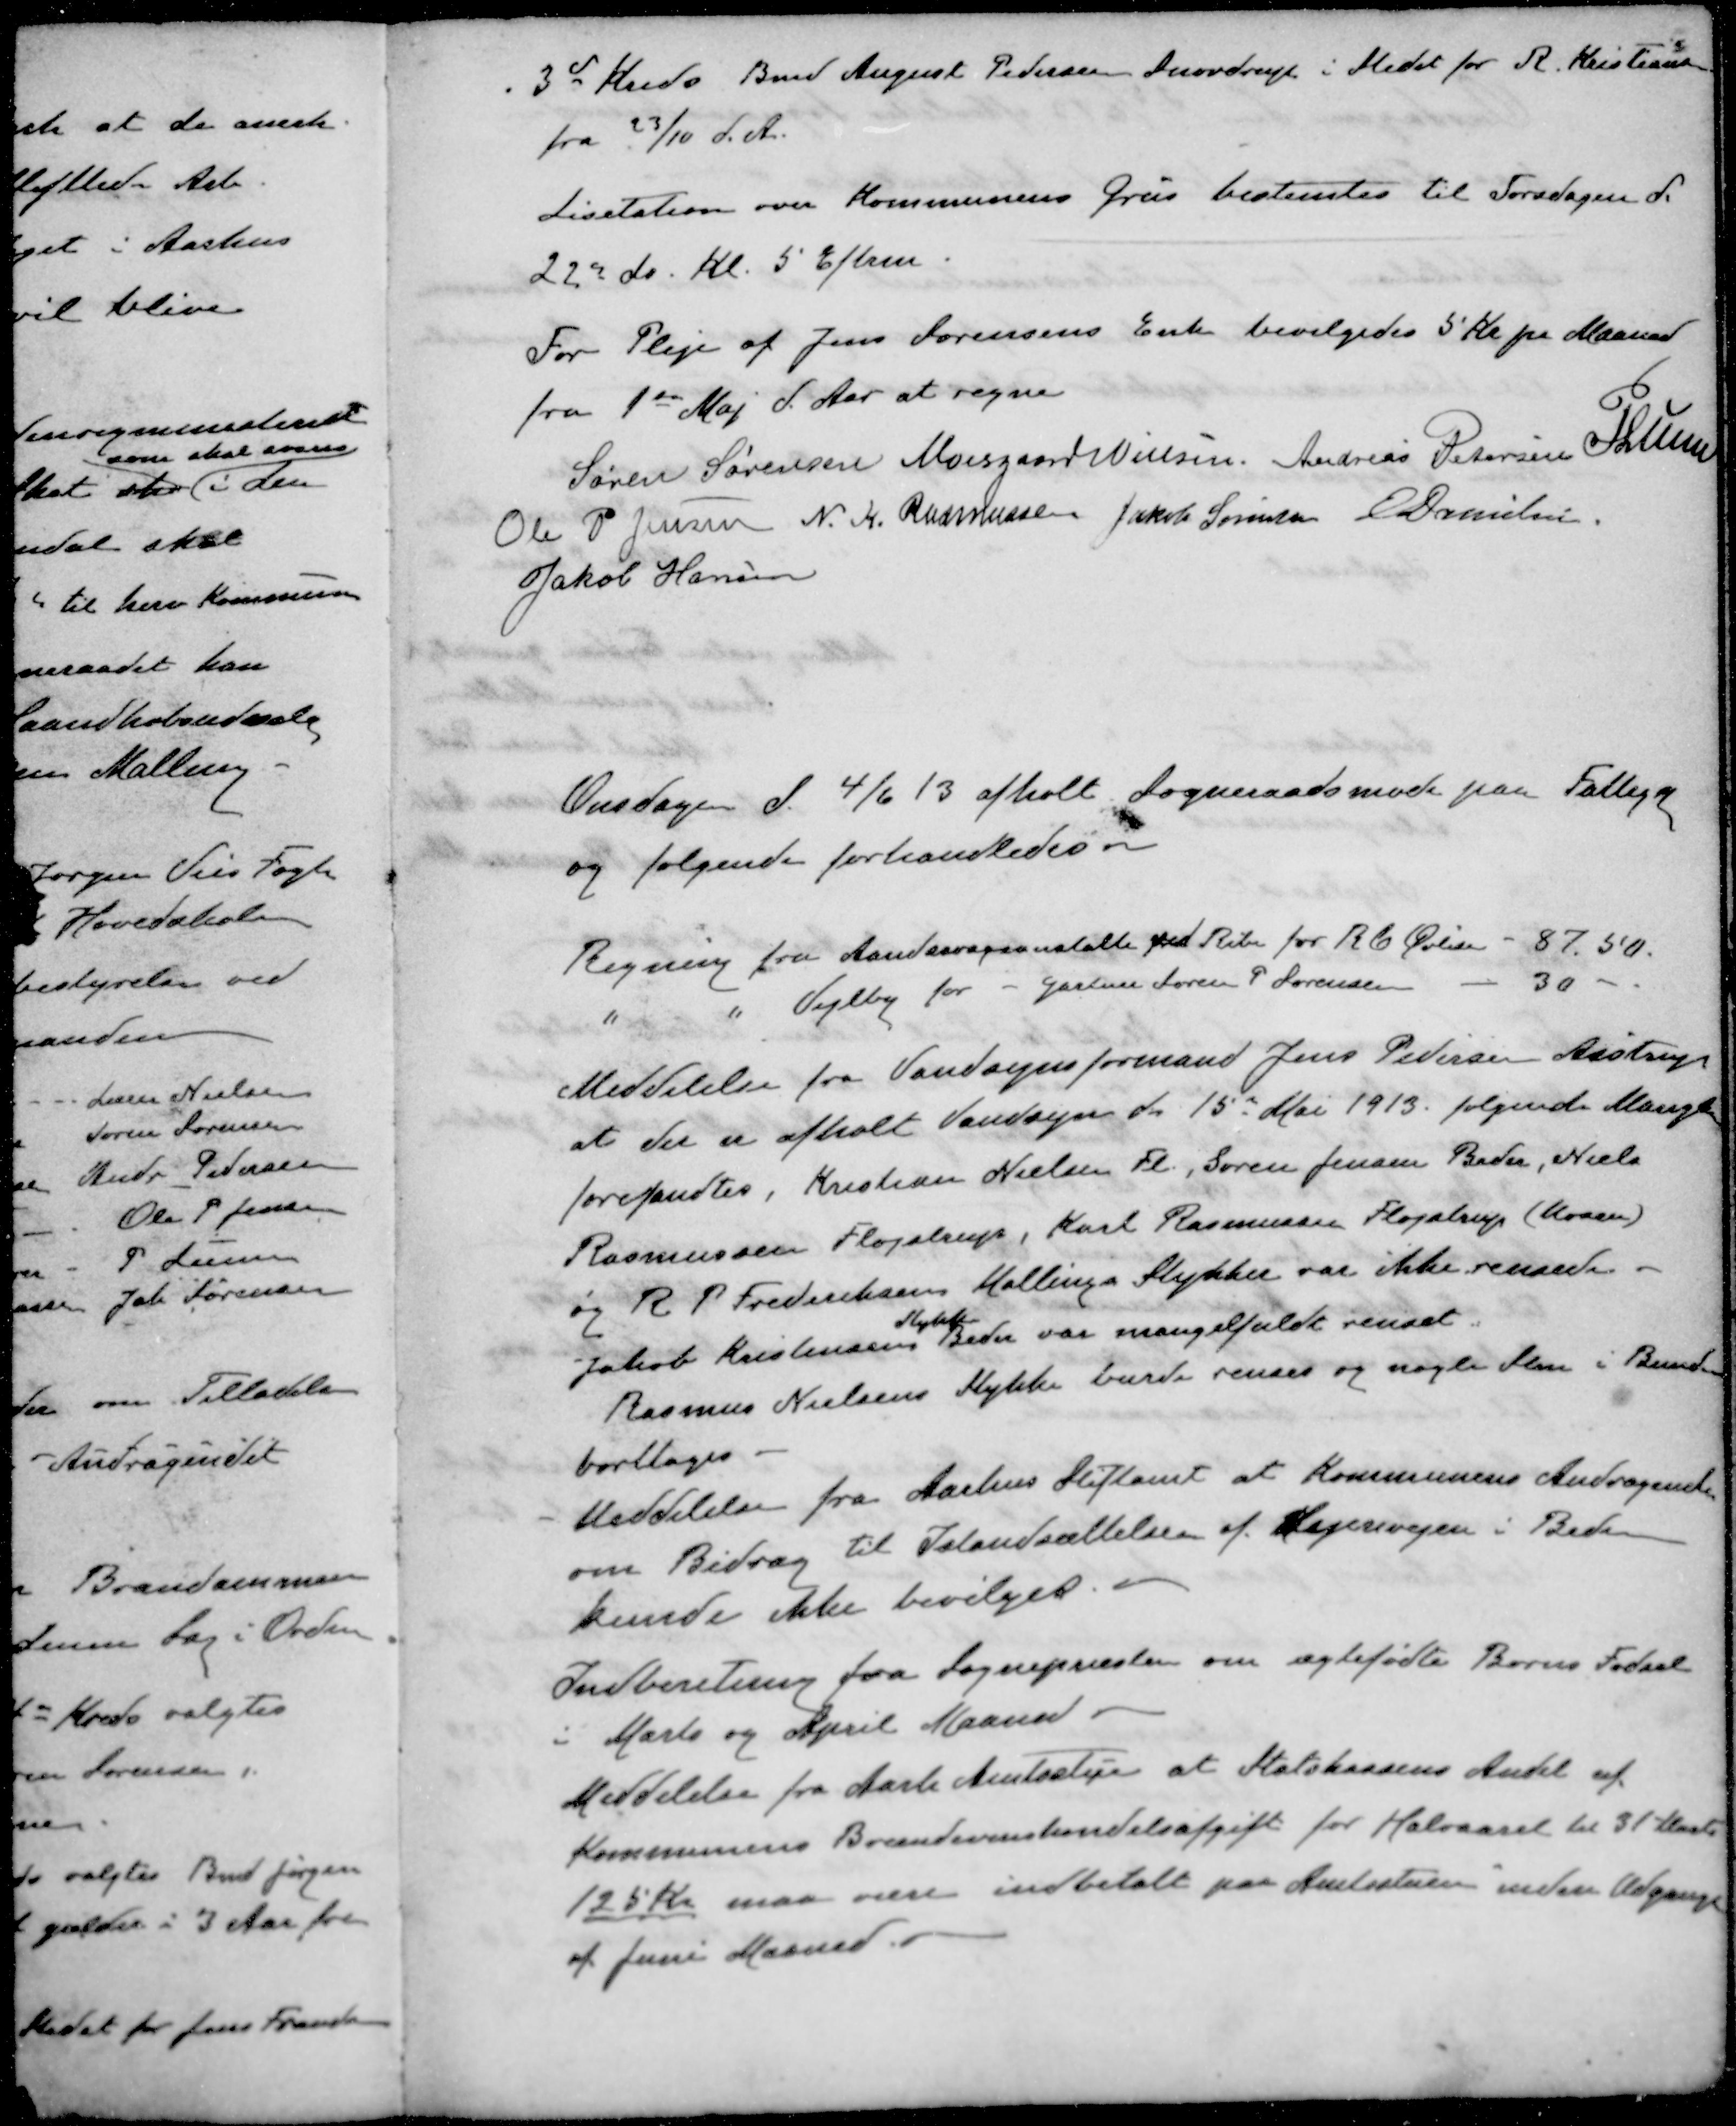
Transskription:
3de Kreds Bmd August Pedersen Snovdrup i Stedet for R. Kristiansen
fra 23/10 d. A.
Lisitation over Kommunens Grus bestemtes til Torsdagen d.
22de ds. Kl. 5 Efterm
For Pleje af Jens Sørensens Enke bevilgedes 5 Kr pr Maaned
fra 1ste Maj d. Aar at regne
Søren Sørensen
Moesgaard Nielsen
Andreas Petersen
P Lunn
Ole P Jensen
N. K. Rasmussen
Jakob Sørensen
E Danielsen
Jakob Hansen
Onsdagen d. 4/6 13 afholt Sogneraadsmøde paa Fattigg
og følgende forhandledes
Regning fra Aandssvageanstalte ved Ribe for R C Øvlisen - 87.50.
" " Vejlby for - Gartner Søren P Sørensen - 30 -
Meddelelse fra Vandsynsformand Jens Pedersen Aistrup
at der er afholt Vandsyn d 15de Mai 1913. følgende Mangler
forefandtes, Kristian Nielsen Fl., Søren Jensen Beder, Niels
Rasmussen Fløjstrup, Karl Rasmussen Fløjstrup (Mosen)
og R P Frederiksens Mallings Stykker var ikke rensede
Stykke
Jakob Kristensens Beder var mangelfuldt renset
Rasmus Nielsens Stykke burde renses og nogle Slen i Bunden
borttages.
- Meddelelse fra Aarhus Stiftamt at Kommunens Andragende
om Bidrag til Istandsættelsen af Hegerevejen i Beder
kunde ikke bevilget. 
Indberetning fra Sognepræster om ægtefødte Børns Fødsel
i Marts og April Maaned
Meddelelse fra Aarh. Amtsstue at Statskassens Andel af
Kommunens Brændevinshandelsafgift for Halvaaret til 31 Marts
125 Kr maa være indbetalt paa Amtsstuen inden Udgange
af Juni Maaned